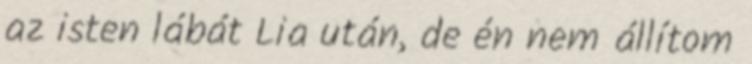
az isten lábát Lia után, de én nem állítom